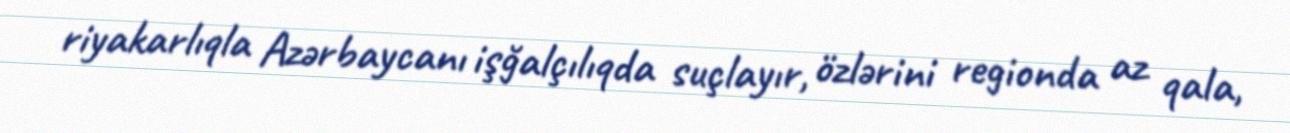
riyakarlıqla Azərbaycanı işğalçılıqda suçlayır, özlərini regionda az qala,